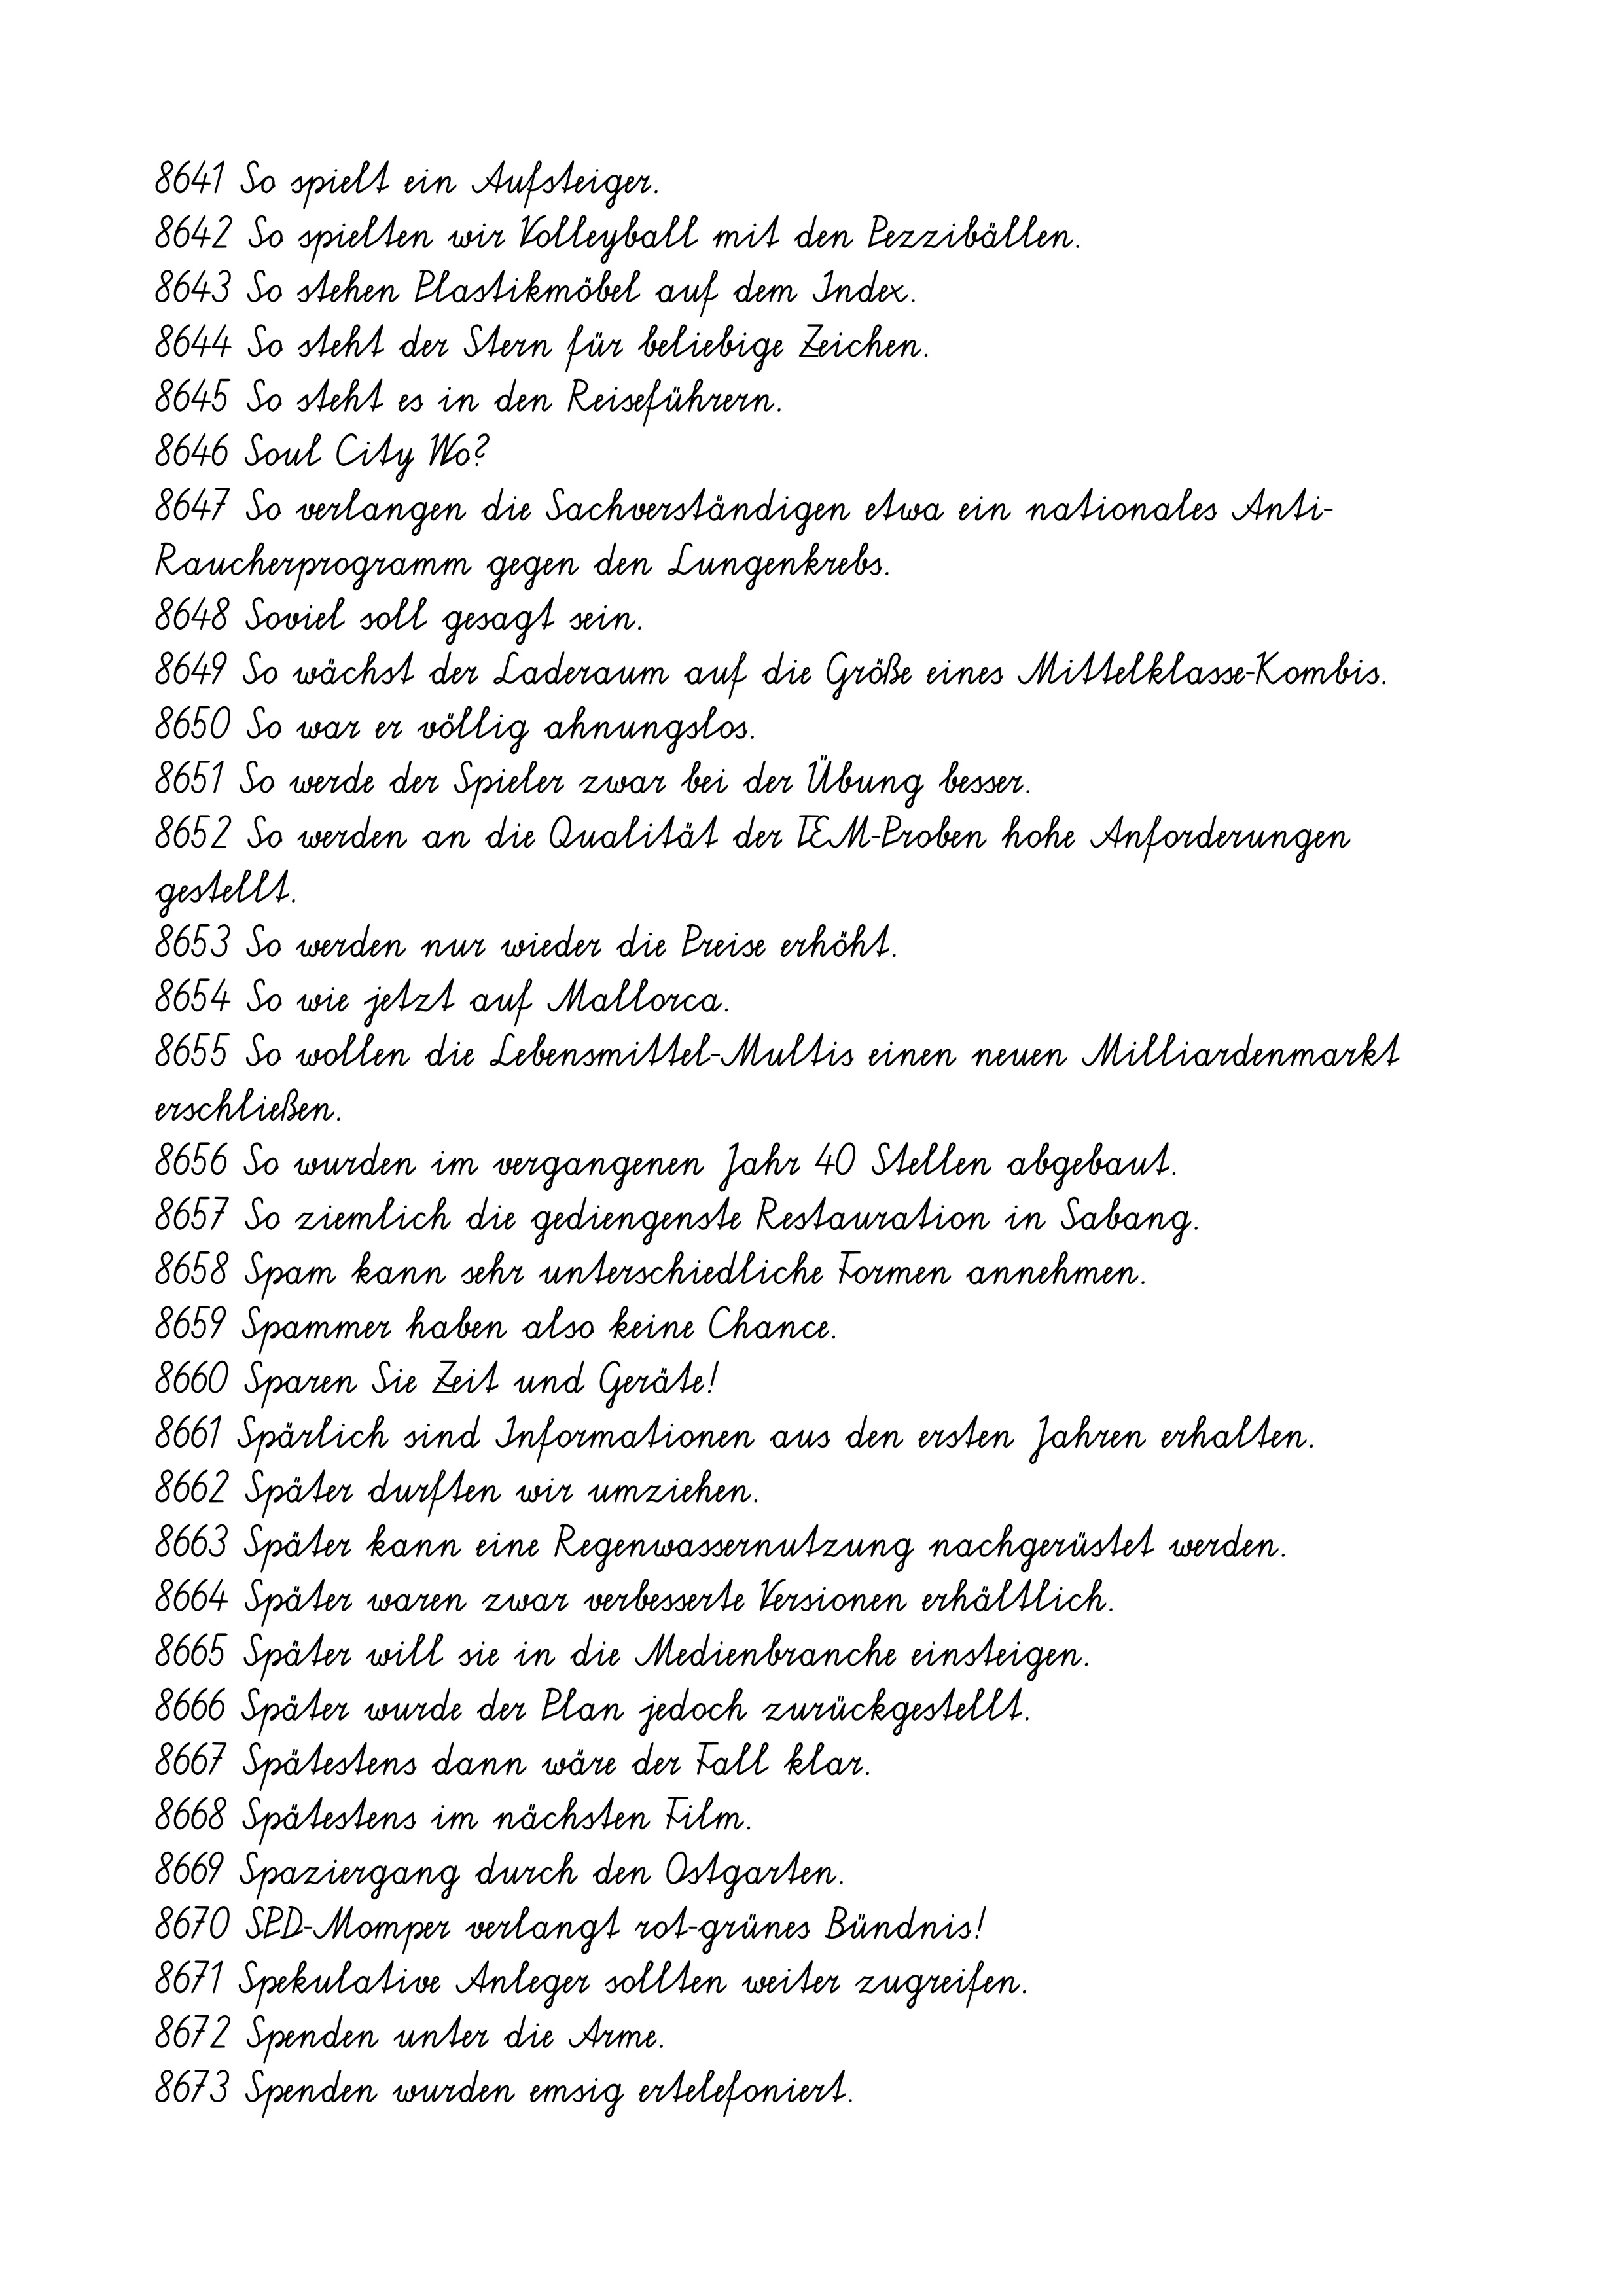
8641 So spielt ein Aufsteiger.
8642 So spielten wir Volleyball mit den Pezzibällen.
8643 So stehen Plastikmöbel auf dem Index.
8644 So steht der Stern für beliebige Zeichen.
8645 So steht es in den Reiseführern.
8646 Soul City Wo?
8647 So verlangen die Sachverständigen etwa ein nationales Anti-
Raucherprogramm gegen den Lungenkrebs.
8648 Soviel soll gesagt sein.
8649 So wächst der Laderaum auf die Größe eines Mittelklasse-Kombis.
8650 So war er völlig ahnungslos.
8651 So werde der Spieler zwar bei der Übung besser.
8652 So werden an die Qualität der TEM-Proben hohe Anforderungen
gestellt.
8653 So werden nur wieder die Preise erhöht.
8654 So wie jetzt auf Mallorca.
8655 So wollen die Lebensmittel-Multis einen neuen Milliardenmarkt
erschließen.
8656 So wurden im vergangenen Jahr 40 Stellen abgebaut.
8657 So ziemlich die gediengenste Restauration in Sabang.
8658 Spam kann sehr unterschiedliche Formen annehmen.
8659 Spammer haben also keine Chance.
8660 Sparen Sie Zeit und Geräte!
8661 Spärlich sind Informationen aus den ersten Jahren erhalten.
8662 Später durften wir umziehen.
8663 Später kann eine Regenwassernutzung nachgerüstet werden.
8664 Später waren zwar verbesserte Versionen erhältlich.
8665 Später will sie in die Medienbranche einsteigen.
8666 Später wurde der Plan jedoch zurückgestellt.
8667 Spätestens dann wäre der Fall klar.
8668 Spätestens im nächsten Film.
8669 Spaziergang durch den Ostgarten.
8670 SPD-Momper verlangt rot-grünes Bündnis!
8671 Spekulative Anleger sollten weiter zugreifen.
8672 Spenden unter die Arme.
8673 Spenden wurden emsig ertelefoniert.